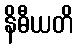
နိဓီယတိ